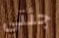
جئتي